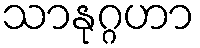
သာနုဂ္ဂဟာ